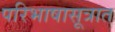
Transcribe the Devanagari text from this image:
परिभाषासूत्रात